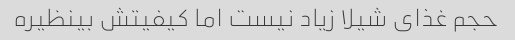
حجم غذای شیلا زیاد نیست اما کیفیتش بینظیره